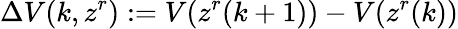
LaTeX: \Delta V(k,z^{r}):=V(z^{r}(k+1))-V(z^{r}(k))